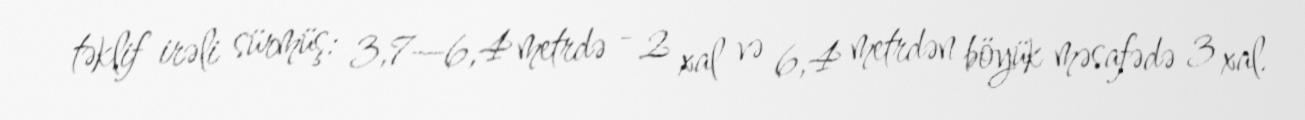
təklif irəli sürmüş: 3,7—6,4 metrdə - 2 xal və 6,4 metrdən böyük məsafədə 3 xal.